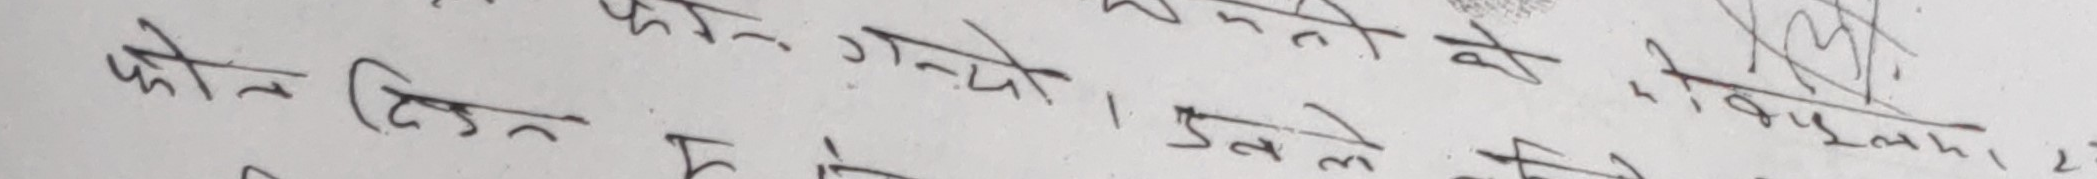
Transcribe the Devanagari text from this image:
फोन दिन गन्यो । यसले नदिन्छ १.२५।